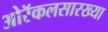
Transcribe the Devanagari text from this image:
ओरॅकलसारख्या